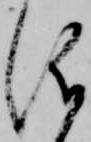
儀